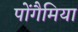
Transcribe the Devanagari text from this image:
पोंगैमिया